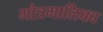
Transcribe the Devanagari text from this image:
गोत्रमालिका